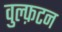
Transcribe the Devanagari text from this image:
वुल्फ़टन